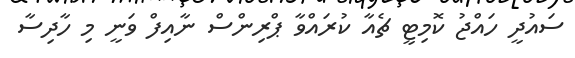
ސައުދީ ހައްޖު ކޮމިޓީ ޗެއާ ކުރައްވާ ޕްރިންސް ނާއިފް ވަނީ މި ހާދިސާ